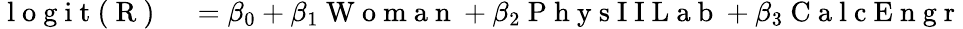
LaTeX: \begin{array}{rl}{\mathrm{~l~o~g~i~t~(~R~)~}}&{{}=\beta_{0}+\beta_{1}\mathrm{~W~o~m~a~n~}+\beta_{2}\mathrm{~P~h~y~s~I~I~L~a~b~}+\beta_{3}\mathrm{~C~a~l~c~E~n~g~r~}}\end{array}